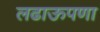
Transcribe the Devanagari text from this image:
लढाऊपणा